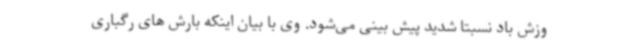
وزش باد نسبتا شدید پیش بینی می‌شود. وی با بیان اینکه بارش های رگباری